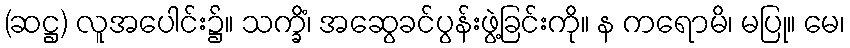
(ဆဋ္ဌ) လူအပေါင်း၌။ သက္ခိံ၊ အဆွေခင်ပွန်းဖွဲ့ခြင်းကို။ န ကရောမိ၊ မပြု။ မေ၊